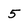
Character: 5